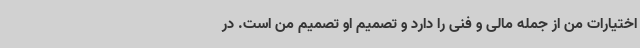
اختیارات من از جمله مالی و فنی را دارد و تصمیم او تصمیم من است. در